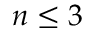
n \le 3